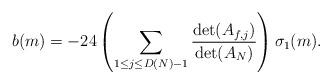
LaTeX: \begin{align*} b(m) = -24\left( \sum_{1 \leq j \leq D(N)-1 }\frac{\det(A_{f,j})}{\det(A_N)}\right) \sigma_1(m).\end{align*}